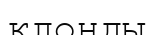
клонды